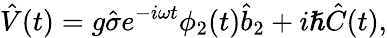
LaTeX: \hat{V}(t)=g\hat{\sigma}e^{-i\omega t}\phi_{2}(t)\hat{b}_{2}+i\hslash\hat{C}(t),